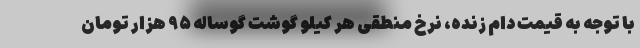
با توجه به قیمت دام زنده، نرخ منطقی هر کیلو گوشت گوساله ۹۵ هزار تومان